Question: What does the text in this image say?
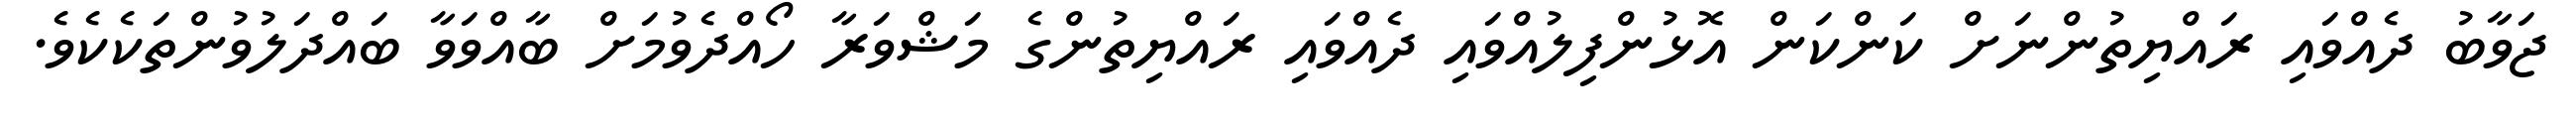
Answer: ޖަވާބު ދެއްވައި ރައްޔިތުންނަށް ކަންކަން އޮޅުންފިލުއްވައި ދެއްވައި ރައްޔިތުންގެ މަޝްވަރާ ހޯއްދެވުމަށް ބާއްވަވާ ބައްދަލުވުންތަކެކެވެ.